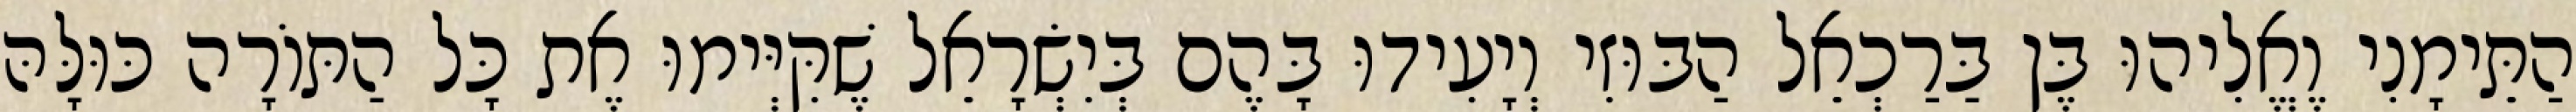
הַתֵּימָנִי וֶאֱלִיהוּ בֶּן בַּרַכְאֵל הַבּוּזִי וְיָעִידוּ בָּהֶם בְּיִשְׂרָאֵל שֶׁקִּיְּימוּ אֶת כָּל הַתּוֹרָה כּוּלָּהּ